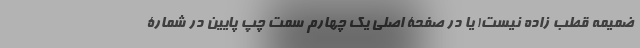
ضمیمه قطب زاده نیست! یا در صفحۀ اصلی یک چهارم سمت چپ پایین در شمارۀ